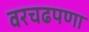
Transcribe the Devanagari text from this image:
वरचढपणा